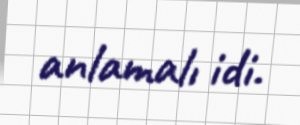
anlamalı idi.